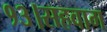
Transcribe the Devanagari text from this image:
१३।सहवाग